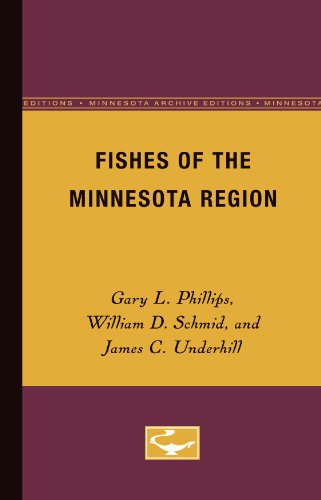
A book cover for Fishes of the Minnesota Region; Gary L. Phillips; Sports & Outdoors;